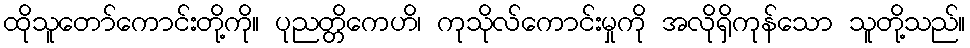
ထိုသူတော်ကောင်းတို့ကို။ ပုညတ္တိကေဟိ၊ ကုသိုလ်ကောင်းမှုကို အလိုရှိကုန်သော သူတို့သည်။